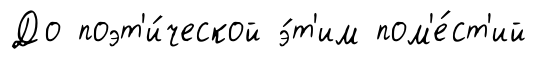
До поэт'и́ческой э́т'им пом'е́ст'ий